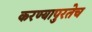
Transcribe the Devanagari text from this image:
करण्यापुरतेच